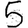
Digit: 5